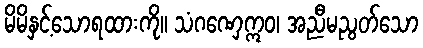
မိမိနှင့်သောရထားကို။ သံဂဏှေဣဝ၊ အညီမညွတ်သော